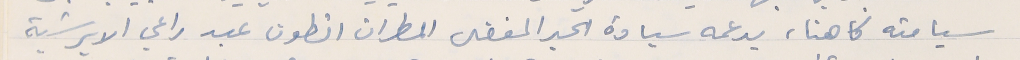
سيامته كاهنا، يدعمه سيادة الحبر المفضل المطران انطون عبد راعي الابرشية